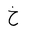
Letter: _kha